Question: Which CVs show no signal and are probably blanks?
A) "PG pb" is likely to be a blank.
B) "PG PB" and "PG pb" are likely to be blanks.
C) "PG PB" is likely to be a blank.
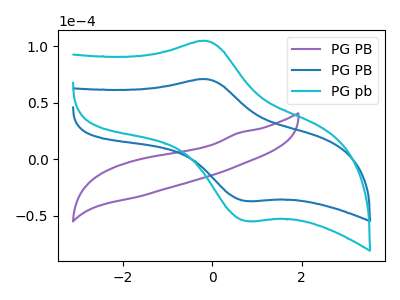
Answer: <think>The purple curve "PG PB" has no peaks. The blue curve "PG PB" has an anodic peak at (-0.10V, 70.70uA) and a cathodic peak at (0.75V, -37.00uA). The cyan curve "PG pb" has an anodic peak at (-0.10V, 104.50uA) and a cathodic peak at (0.75V, -54.65uA).</think>
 <answer>C) "PG PB" is likely to be a blank.</answer>
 <eval>C</eval>